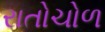
રાતોચોળ